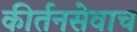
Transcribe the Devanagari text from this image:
कीर्तनसेवाच